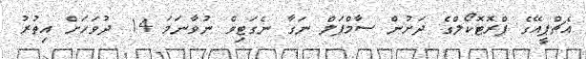
އެޗްޕީއޭގެ ޕްރޮޓޮކޯލްގެ ދަށުން ސާމްޕަލް ނަގާ ނެގަޓިވް ނުވާނަމަ 14 ދުވަހަށް އިތުރު